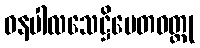
ဓနပါလသေဋ္ဌိပေတဝတ္ထု